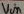
Text: Vin